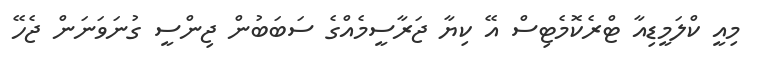
މިއީ ކްލަމީޑިއާ ޓްރެކޮމެޓިސް އޭ ކިޔާ ޖަރާސީމެއްގެ ސަބަބުން ޖިންސީ ގުނަވަނަން ޖެހޭ